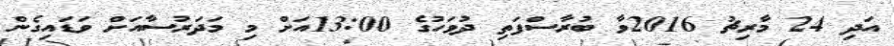
އަދި 24 މާރިޗު 2016ވާ ބުރާސްފަތި ދުވަހުގެ 13:00އަށް މި މަދަރުސާއަށް ވަޑައިގެން